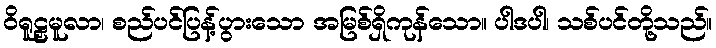
ဝိရူဠှမူလာ၊ စည်ပင်ပြန့်ပွားသော အမြစ်ရှိကုန်သော။ ပါဒပါ၊ သစ်ပင်တို့သည်။